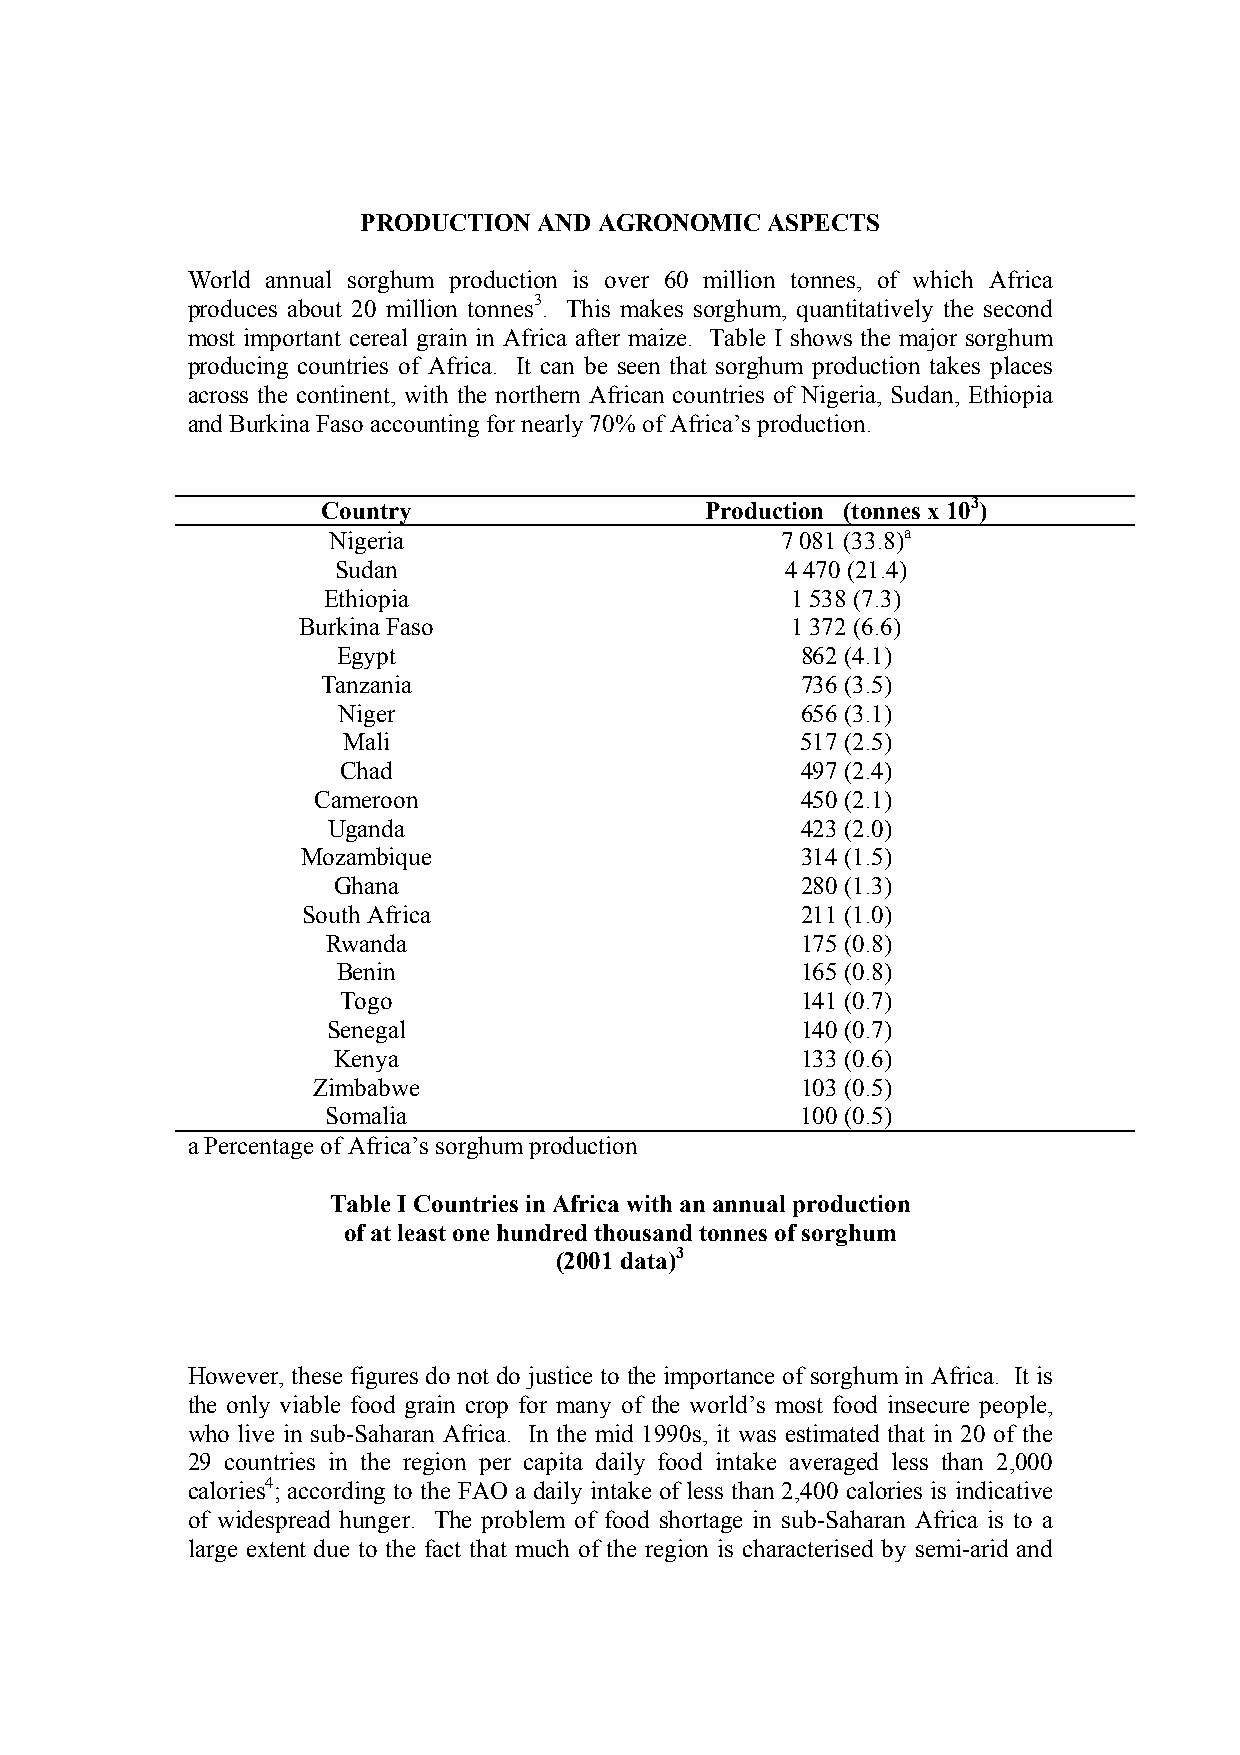
PRODUCTION  AND AGRONOMIC  ASPECTS
 World annual sorghum production is over 60 million tonnes, of which Africa
 produces about 20 million tonnes3. This makes sorghum, quantitatively the second
 most important cereal grain in Africa after maize. Table I shows the major sorghum
 producing countries of Africa. It can be seen that sorghum production takes places
 across the continent, with the northern African countries of Nigeria, Sudan, Ethiopia
 and Burkina Faso accounting for nearly 70% of Africa’s production.
 Country                   Production (tonnes x 103)
 Nigeria                       7 081 (33.8)a
 Sudan                         4 470 (21.4)
 Ethiopia                       1 538 (7.3)
 Burkina Faso                    1 372 (6.6)
 Egypt                          862 (4.1)
 Tanzania                        736 (3.5)
 Niger                          656 (3.1)
 Mali                          517 (2.5)
 Chad                          497 (2.4)
 Cameroon                        450 (2.1)
 Uganda                         423 (2.0)
 Mozambique                       314 (1.5)
 Ghana                          280 (1.3)
 South Africa                     211 (1.0)
 Rwanda                         175 (0.8)
 Benin                          165 (0.8)
 Togo                          141 (0.7)
 Senegal                        140 (0.7)
 Kenya                          133 (0.6)
 Zimbabwe                        103 (0.5)
 Somalia                        100 (0.5)
 a Percentage of Africa’s sorghum production
 Table I Countries in Africa with an annual production
 of at least one hundred thousand tonnes of sorghum
 (2001 data)3
 However, these figures do not do justice to the importance of sorghum in Africa. It is
 the only viable food grain crop for many of the world’s most food insecure people,
 who live in sub-Saharan Africa. In the mid 1990s, it was estimated that in 20 of the
 29 countries in the region per capita daily food intake averaged less than 2,000
 calories4; according to the FAO a daily intake of less than 2,400 calories is indicative
 of widespread hunger. The problem of food shortage in sub-Saharan Africa is to a
 large extent due to the fact that much of the region is characterised by semi-arid and